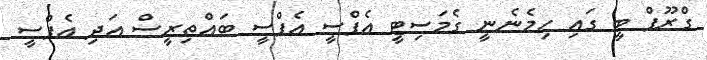
ގްރޫޕް ބީ ގައި ހިމެނެނީ ގެމަސިޓީ އެފްސީ އެފްސީ ބައްތިރީސް އަދި އެފްސީ